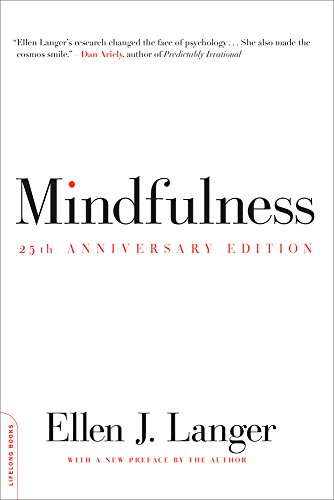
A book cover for Mindfulness, 25th anniversary edition (A Merloyd Lawrence Book); Ellen J. Langer; Self-Help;